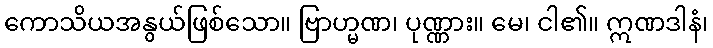
ကောသိယအနွယ်ဖြစ်သော။ ဗြာဟ္မဏ၊ ပုဏ္ဏား။ မေ၊ ငါ၏။ ဣဏဒါနံ၊